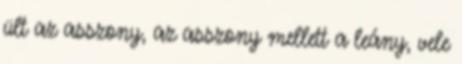
ült az asszony, az asszony mellett a leány, vele